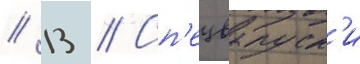
// 13 // Сп'ецвыпуск'и